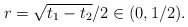
\begin{align*}r=\sqrt{t_1-t_2}/2\in (0,1/2).\end{align*}